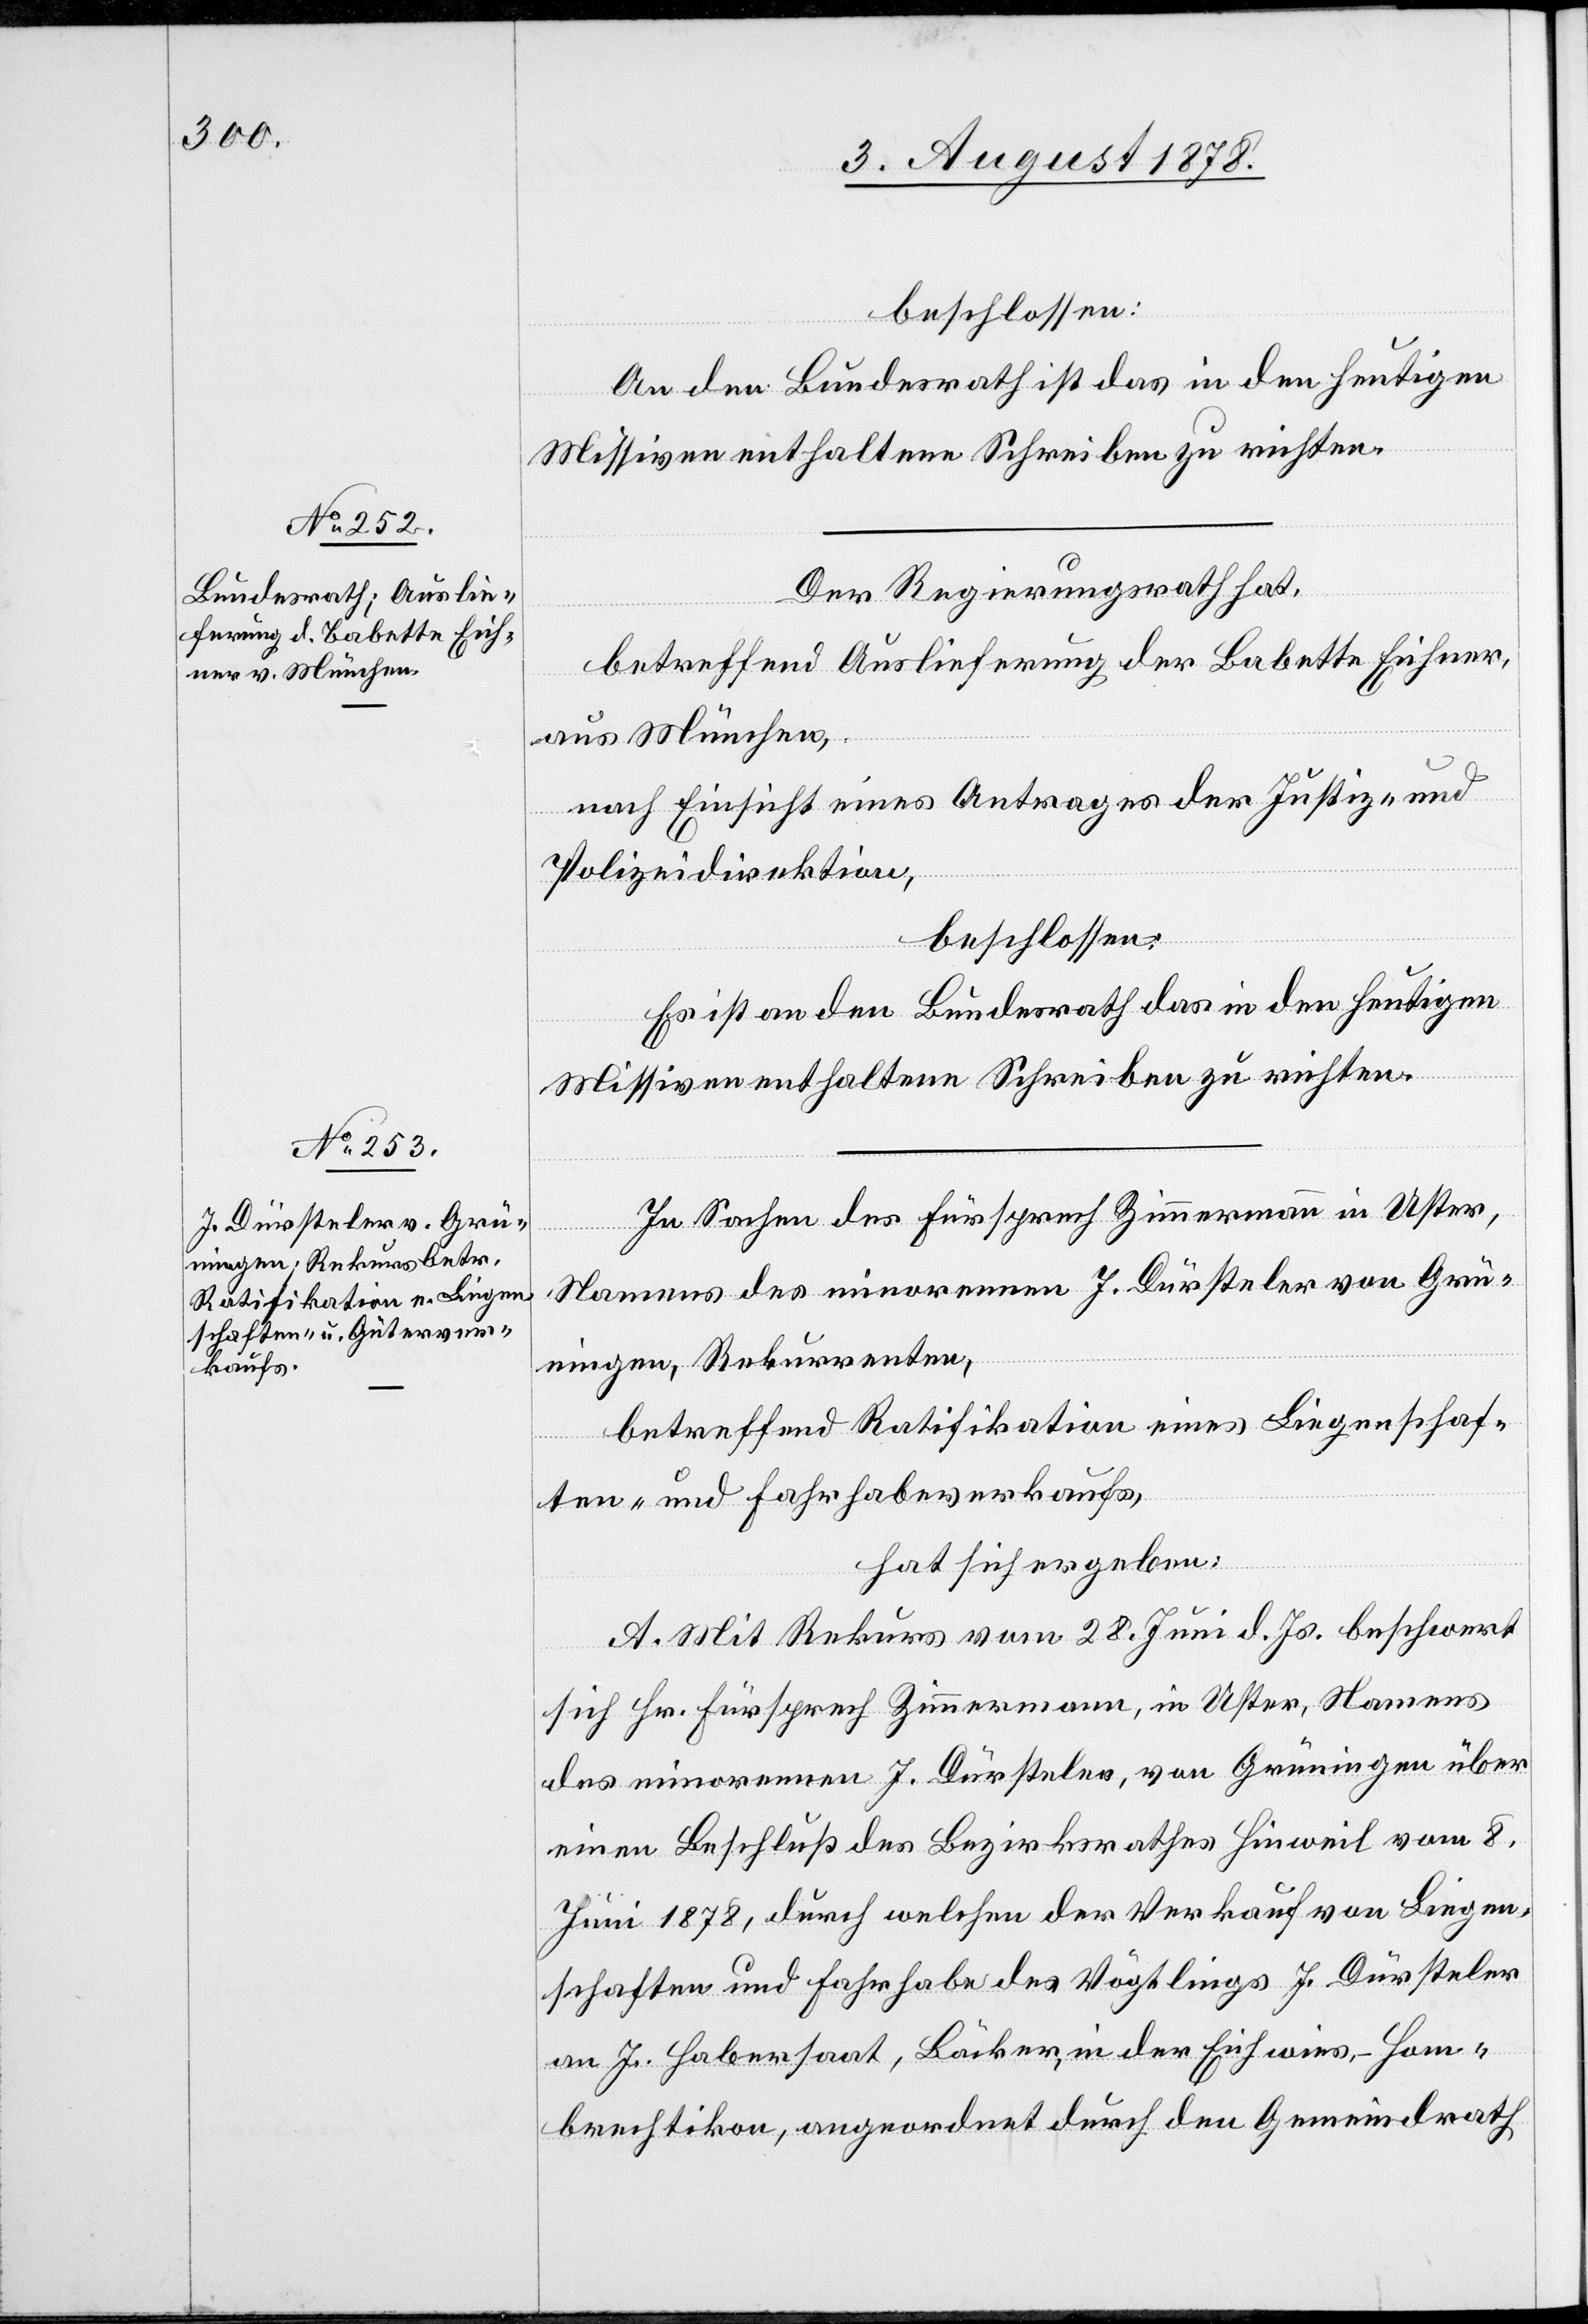
beschlossen:
An den Bundesrath ist das in den heutigen
Missiven enthaltene Schreiben zu richten.
Der Regierungsrath hat,
betreffend Auslieferung der Babette Eichner,
aus München,
nach Einsicht eines Antrages der Justiz- und
Polizeidirektion,
beschlossen:
Es ist an den Bundesrath das in den heutigen
Missiven enthaltene Schreiben zu richten.
In Sachen des Fürsprech Zimmermann in Uster,
Namens des minorennen J. Dürsteler von Grü¬
ningen, Rekurrenten,
betreffend Ratifikation eines Liegenschaf¬
ten- und Fahrhabeverkaufs,
hat sich ergeben:
A. Mit Rekurs vom 28. Juni d. Js. beschwert
sich Hr. Fürsprech Zimmermann, in Uster, Namens
des minorennen J. Dürsteler, von Grüningen über
einen Beschluß des Bezirksrathes Hinweil vom 8.
Juni 1878, durch welchen der Verkauf von Liegen¬
schaften und Fahrhabe des Vögtlings J. Dürsteler
an J. Habersaat, Bäcker, in der Eichwies - Hom¬
brechtikon, angeordnet durch den Gemeindrath